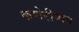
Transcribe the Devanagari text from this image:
कणेरीपाव